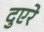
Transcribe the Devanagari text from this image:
दुएरे